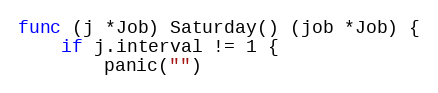
Language: Go
func (j *Job) Saturday() (job *Job) {
	if j.interval != 1 {
		panic("")